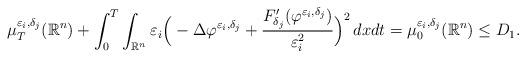
LaTeX: \begin{align*}\mu _T ^{\varepsilon_i,\delta_j}(\mathbb{R}^n)+ \int _0 ^T \int_{\mathbb{R}^n} \varepsilon _i \Big( -\Delta \varphi^{\varepsilon _i ,\delta _j} +\frac{F' _{\delta_j} (\varphi^{\varepsilon _i ,\delta _j} )}{\varepsilon_i ^2} \Big) ^2 \, dxdt = \mu _0 ^{\varepsilon_i,\delta_j}(\mathbb{R}^n) \leq D_1.\end{align*}